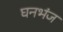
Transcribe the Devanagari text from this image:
घनभंज